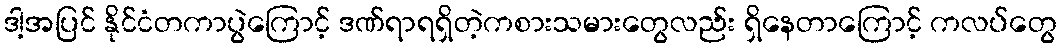
ဒါ့အပြင် နိုင်ငံတကာပွဲကြောင့် ဒဏ်ရာရရှိတဲ့ကစားသမားတွေလည်း ရှိနေတာကြောင့် ကလပ်တွေ